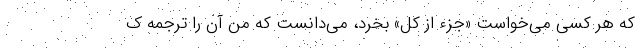
که هر کسی می‌خواست «جزء از کل» بخرد، می‌دانست که من آن را ترجمه ک